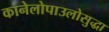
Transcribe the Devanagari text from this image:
कानेलोपाउलोसुद्धा